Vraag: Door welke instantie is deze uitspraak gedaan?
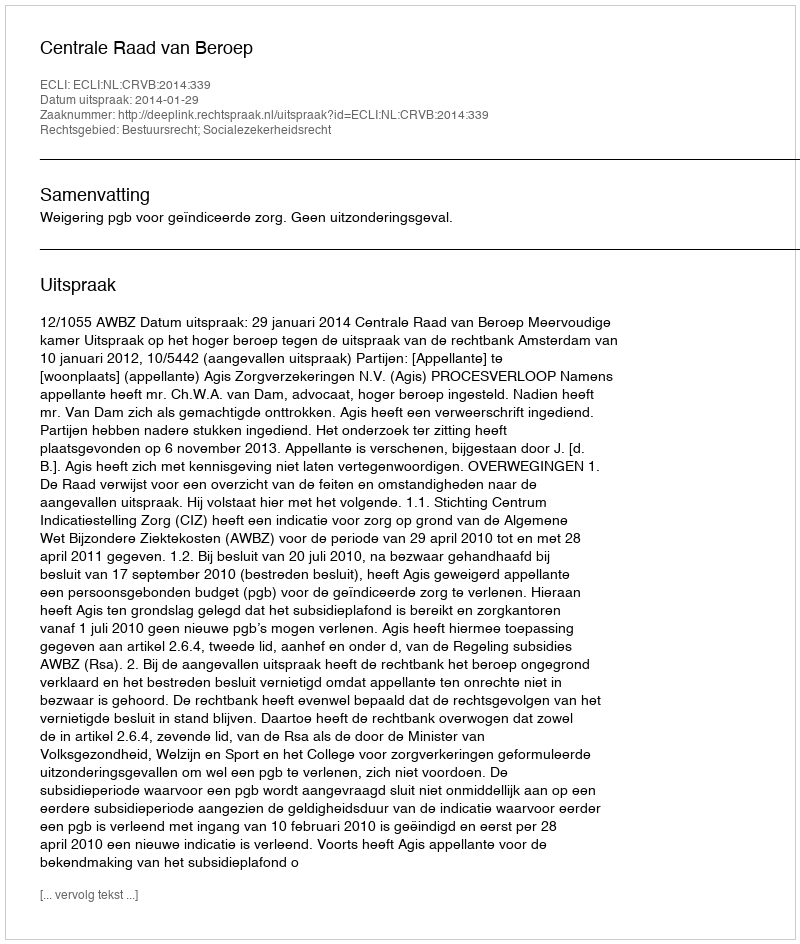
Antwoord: Centrale Raad van Beroep